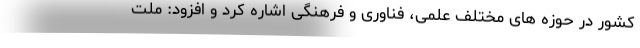
کشور در حوزه های مختلف علمی، فناوری و فرهنگی اشاره کرد و افزود: ملت